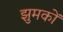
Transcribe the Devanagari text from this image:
झुमकों